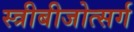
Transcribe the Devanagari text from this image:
स्त्रीबीजोत्सर्ग